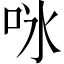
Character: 𭇛